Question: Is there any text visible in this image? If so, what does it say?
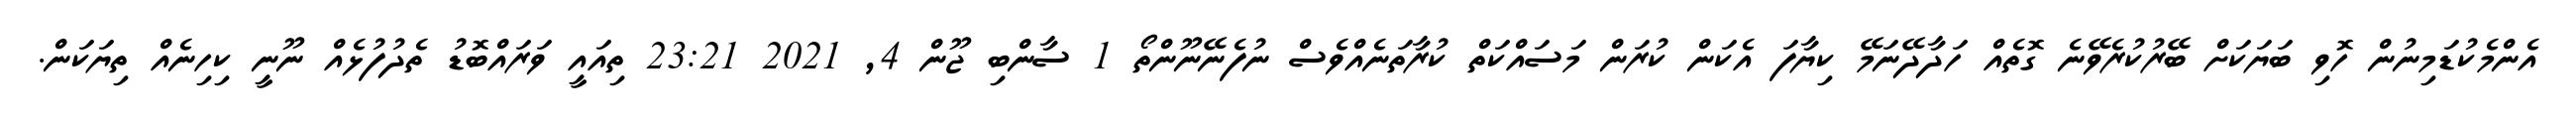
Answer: އެންމެކުޑަމިނުން ހޮވި ބަޔަކަށް ބޭރުކުރެވޭނެ ގޮތެއް ހަދާދޭނަމޭ ކިޔާފަ އެކަން ކުރަން މަސައްކަތް ކުރާތަނެއްވެސް ނުފެނޭނޫންތޯ 1 ސާންބި ޖޫން 4, 2021 23:21 ތިއައީ ވަރައްބޮޑު ތެދުފުޅެއް ނޫނީ ކިހިނެއް ތިޔަކަން.